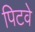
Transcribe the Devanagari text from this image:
पिटवे